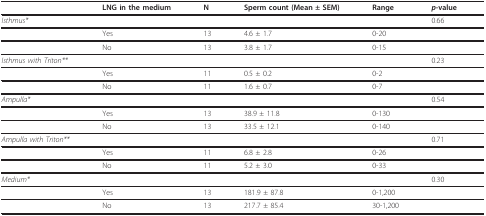
<table><thead><tr><td></td><td><b>LNG in the medium</b></td><td><b>N</b></td><td><b>Sperm count (Mean ± SEM)</b></td><td><b>Range</b></td><td><b><i>p</i>-value</b></td></tr></thead><tbody><tr><td><i>Isthmus*</i></td><td></td><td></td><td></td><td></td><td>0.66</td></tr><tr><td></td><td>Yes</td><td>13</td><td>4.6 ± 1.7</td><td>0-20</td><td></td></tr><tr><td></td><td>No</td><td>13</td><td>3.8 ± 1.7</td><td>0-15</td><td></td></tr><tr><td><i>Isthmus with Triton**</i></td><td></td><td></td><td></td><td></td><td>0.23</td></tr><tr><td></td><td>Yes</td><td>11</td><td>0.5 ± 0.2</td><td>0-2</td><td></td></tr><tr><td></td><td>No</td><td>11</td><td>1.6 ± 0.7</td><td>0-7</td><td></td></tr><tr><td><i>Ampulla*</i></td><td></td><td></td><td></td><td></td><td>0.54</td></tr><tr><td></td><td>Yes</td><td>13</td><td>38.9 ± 11.8</td><td>0-130</td><td></td></tr><tr><td></td><td>No</td><td>13</td><td>33.5 ± 12.1</td><td>0-140</td><td></td></tr><tr><td><i>Ampulla with Triton**</i></td><td></td><td></td><td></td><td></td><td>0.71</td></tr><tr><td></td><td>Yes</td><td>11</td><td>6.8 ± 2.8</td><td>0-26</td><td></td></tr><tr><td></td><td>No</td><td>11</td><td>5.2 ± 3.0</td><td>0-33</td><td></td></tr><tr><td><i>Medium*</i></td><td></td><td></td><td></td><td></td><td>0.30</td></tr><tr><td></td><td>Yes</td><td>13</td><td>181.9 ± 87.8</td><td>0-1,200</td><td></td></tr><tr><td></td><td>No</td><td>13</td><td>217.7 ± 85.4</td><td>30-1,200</td><td></td></tr></tbody></table>